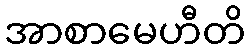
အာစာမေဟီတိ